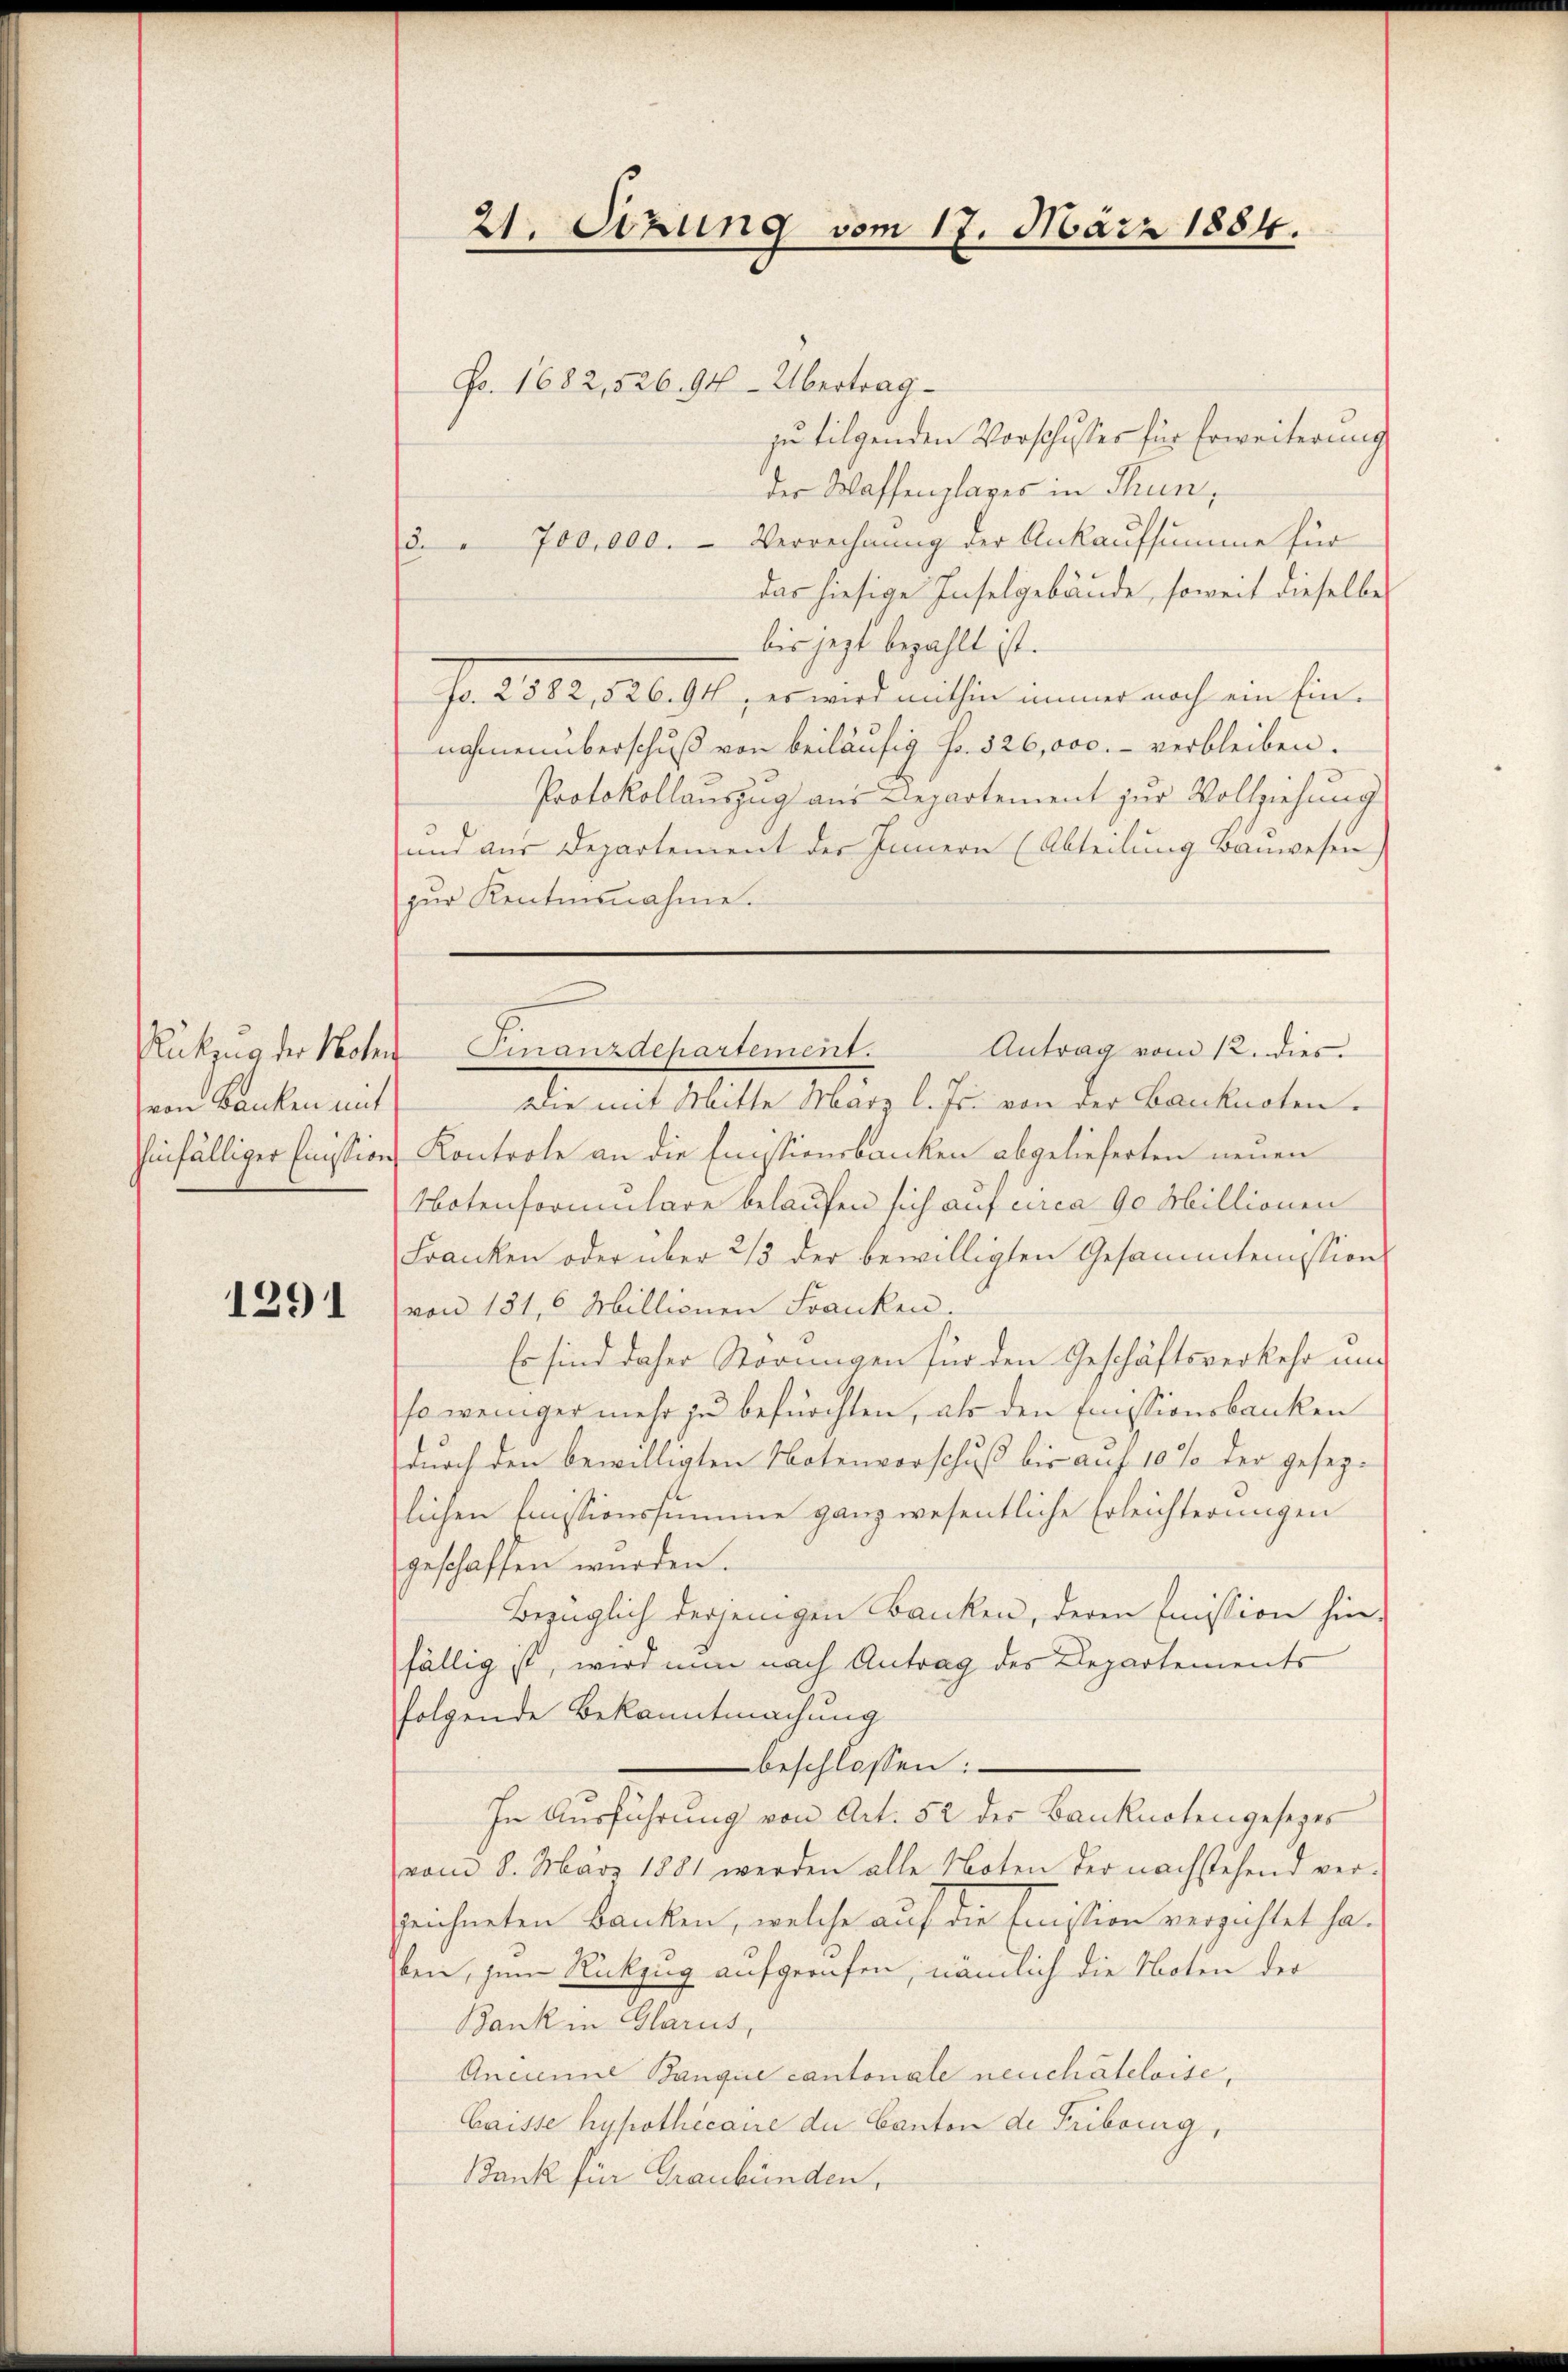
Rükzug der Hohen
von Banken mit

1291

der Waffenplages in Thun,
3. 700,000. Verrechnung der Ankaufsumme für
das hiesige Inselgebäude, soweit dieselbe
bis jezt bezahlt ist.
f. 2 502. 26. M., er wird missen immer noch ein Einnahmen überschuß von beiläufig No. 526,000.- verbleiben.
Protokollauszug aus Departement zur Vollziehung
und aus Departement der Innern (Abteilung Bauwesen
zur Kentnisnahme.

21. Setzung vom 17. März 1884.
Fo. 1682,526. 94. Übertrag
zu tilgenden Vorschusses für Erweiterung

Antrag vom 12. dies
Finanzdepartement.

Die mit Mitte März l. Js. von der Banknoten.
hinfälliger Emission Kontrole an die Emissionsbanken abgelieferten neuen
Notenformulare belaufen sich auf circa 90 Millionen
Franken oder über 2/3 der bewilligten Gesammtemission
von 131, 6 Millionen Franken.
Es sind daher Störungen für den Geschäftsverkehr unso weniger mehr zu befürchten, als den Emissionsbanken
durch den bewilligten Notenvorschuß bis auf 10 % der gesezlichen Emissionssumme ganz wesentliche Erleichterungen
geschaffen würden.
Bezüglich derjenigen Banken, deren Emission hin-
fällig ist, wird nun nach Antrag des Departements
folgende Bekanntmachung
beschlossen:
In Ausführung von Art. 52 des Banknotengesezes
vom 8. März 1881 werden alle Noten der nachstehend ver-
zeichneten Banken, welche auf die Emission verzichtet haben, zum Rückzug aufgerufen, nämlich die Noten der
Bank in Glarus,
Ancienne Banquie cantonale neuchâteloise,
Caisse hypothecane du Canton de Fribourg,
Bank für Graubünden,